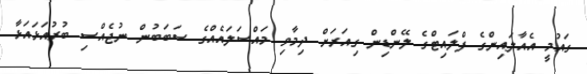
ގައުމީ އެއާލައިންގެ ފްލައިޓްގެ ލޭންޑިން ގިއަރަށް ދިމާވި މައްސަލައެއްގެ ސަބަބުން ނުޖެއްސި ބުރުއަޅައަޅާ